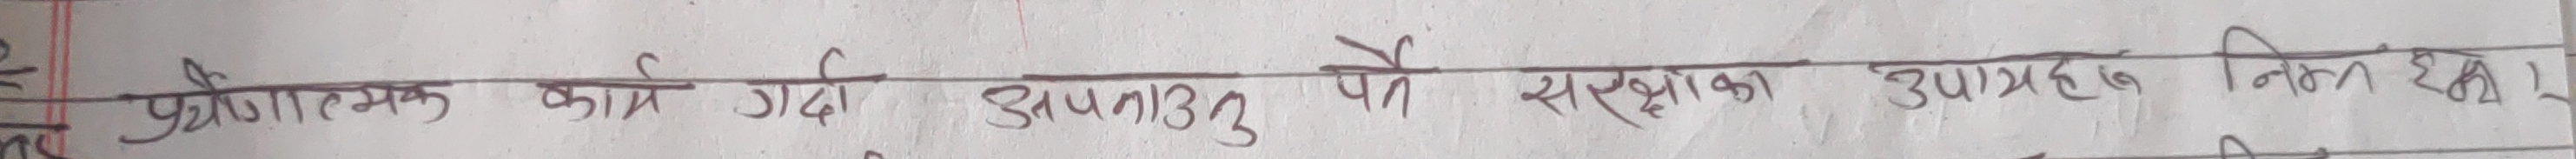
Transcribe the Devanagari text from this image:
प्रयोगात्मक काम गर्दा अपनाउनु पर्ने संस्थाका उपायहरू निम्न छन्।